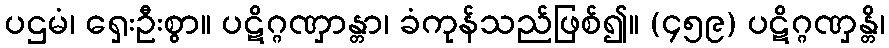
ပဌမံ၊ ရှေးဦးစွာ။ ပဋိဂ္ဂဏှာန္တာ၊ ခံကုန်သည်ဖြစ်၍။ (၄၅၉) ပဋိဂ္ဂဏှန္တိ၊